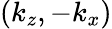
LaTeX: (k_{z},-k_{x})